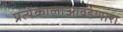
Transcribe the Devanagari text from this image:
प्रत्येकालाआवडणारा